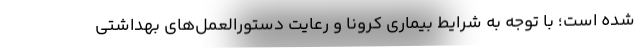
شده است؛ با توجه به شرایط بیماری کرونا و رعایت دستورالعمل‌های بهداشتی